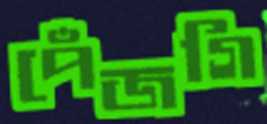
পেঁজগি